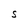
Character: S